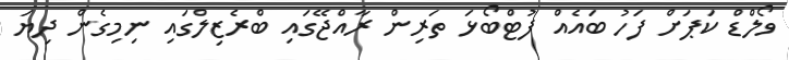
ވޯލްޑް ކަޕަށް ފަހު ބައެއް ފުޓްބޯޅަ ތަރިން ރާއްޖޭގައި ބްރެޒިލްގައި ނިމިގެން ދިޔަ